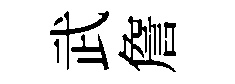
武詹